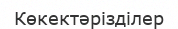
Көкектәрізділер